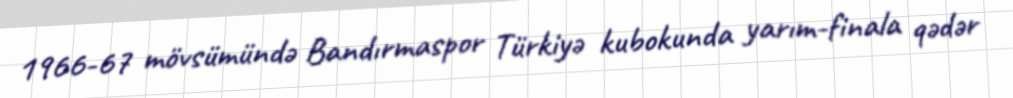
1966-67 mövsümündə Bandırmaspor Türkiyə kubokunda yarım-finala qədər